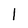
Character: 1